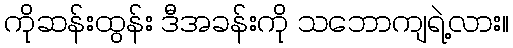
ကိုဆန်းထွန်း ဒီအခန်းကို သဘောကျရဲ့လား။